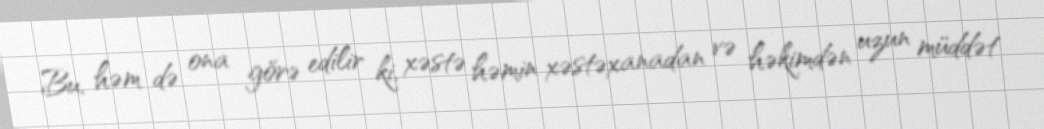
Bu, həm də ona görə edilir ki, xəstə həmin xəstəxanadan və həkimdən uzun müddət